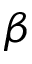
\beta